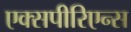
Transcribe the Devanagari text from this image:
एक्सपीरिएन्स